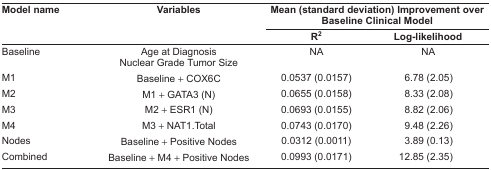
<table><thead><tr><td rowspan="2"><b>Model name</b></td><td rowspan="2"><b>Variables</b></td><td colspan="2"><b>Mean (standard deviation) Improvement over Baseline Clinical Model</b></td></tr><tr><td><b>R<sup>2</sup></b></td><td><b>Log-likelihood</b></td></tr></thead><tbody><tr><td>Baseline</td><td>Age at Diagnosis Nuclear Grade Tumor Size</td><td>NA</td><td>NA</td></tr><tr><td>M1</td><td>Baseline + COX6C</td><td>0.0537 (0.0157)</td><td>6.78 (2.05)</td></tr><tr><td>M2</td><td>M1 + GATA3 (N)</td><td>0.0655 (0.0158)</td><td>8.33 (2.08)</td></tr><tr><td>M3</td><td>M2 + ESR1 (N)</td><td>0.0693 (0.0155)</td><td>8.82 (2.06)</td></tr><tr><td>M4</td><td>M3 + NAT1.Total</td><td>0.0743 (0.0170)</td><td>9.48 (2.26)</td></tr><tr><td>Nodes</td><td>Baseline + Positive Nodes</td><td>0.0312 (0.0011)</td><td>3.89 (0.13)</td></tr><tr><td>Combined</td><td>Baseline + M4 + Positive Nodes</td><td>0.0993 (0.0171)</td><td>12.85 (2.35)</td></tr></tbody></table>